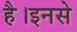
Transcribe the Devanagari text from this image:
है।इनसे